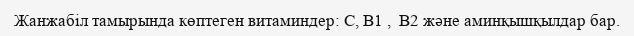
Жанжабіл тамырында көптеген витаминдер: С, B1 ,  B2 және аминқышқылдар бар.